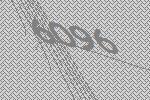
6096